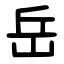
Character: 岳